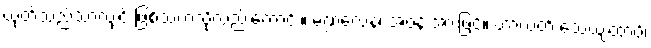
ယုတ်သည်သာလျှင် ဖြစ်သကဲသို့လည်းကောင်း။ မဏ္ဍလေန၊ အဝန်းအားဖြင့်။ ဟာယတိ သေယျထာပိ၊